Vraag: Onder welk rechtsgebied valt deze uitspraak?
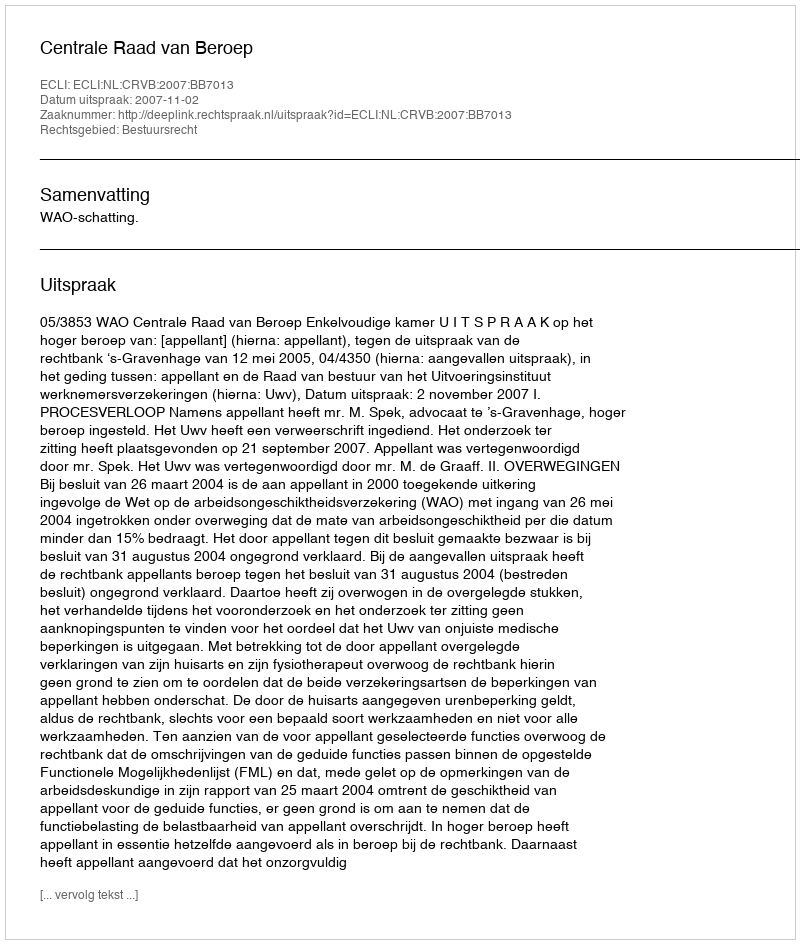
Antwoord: Bestuursrecht